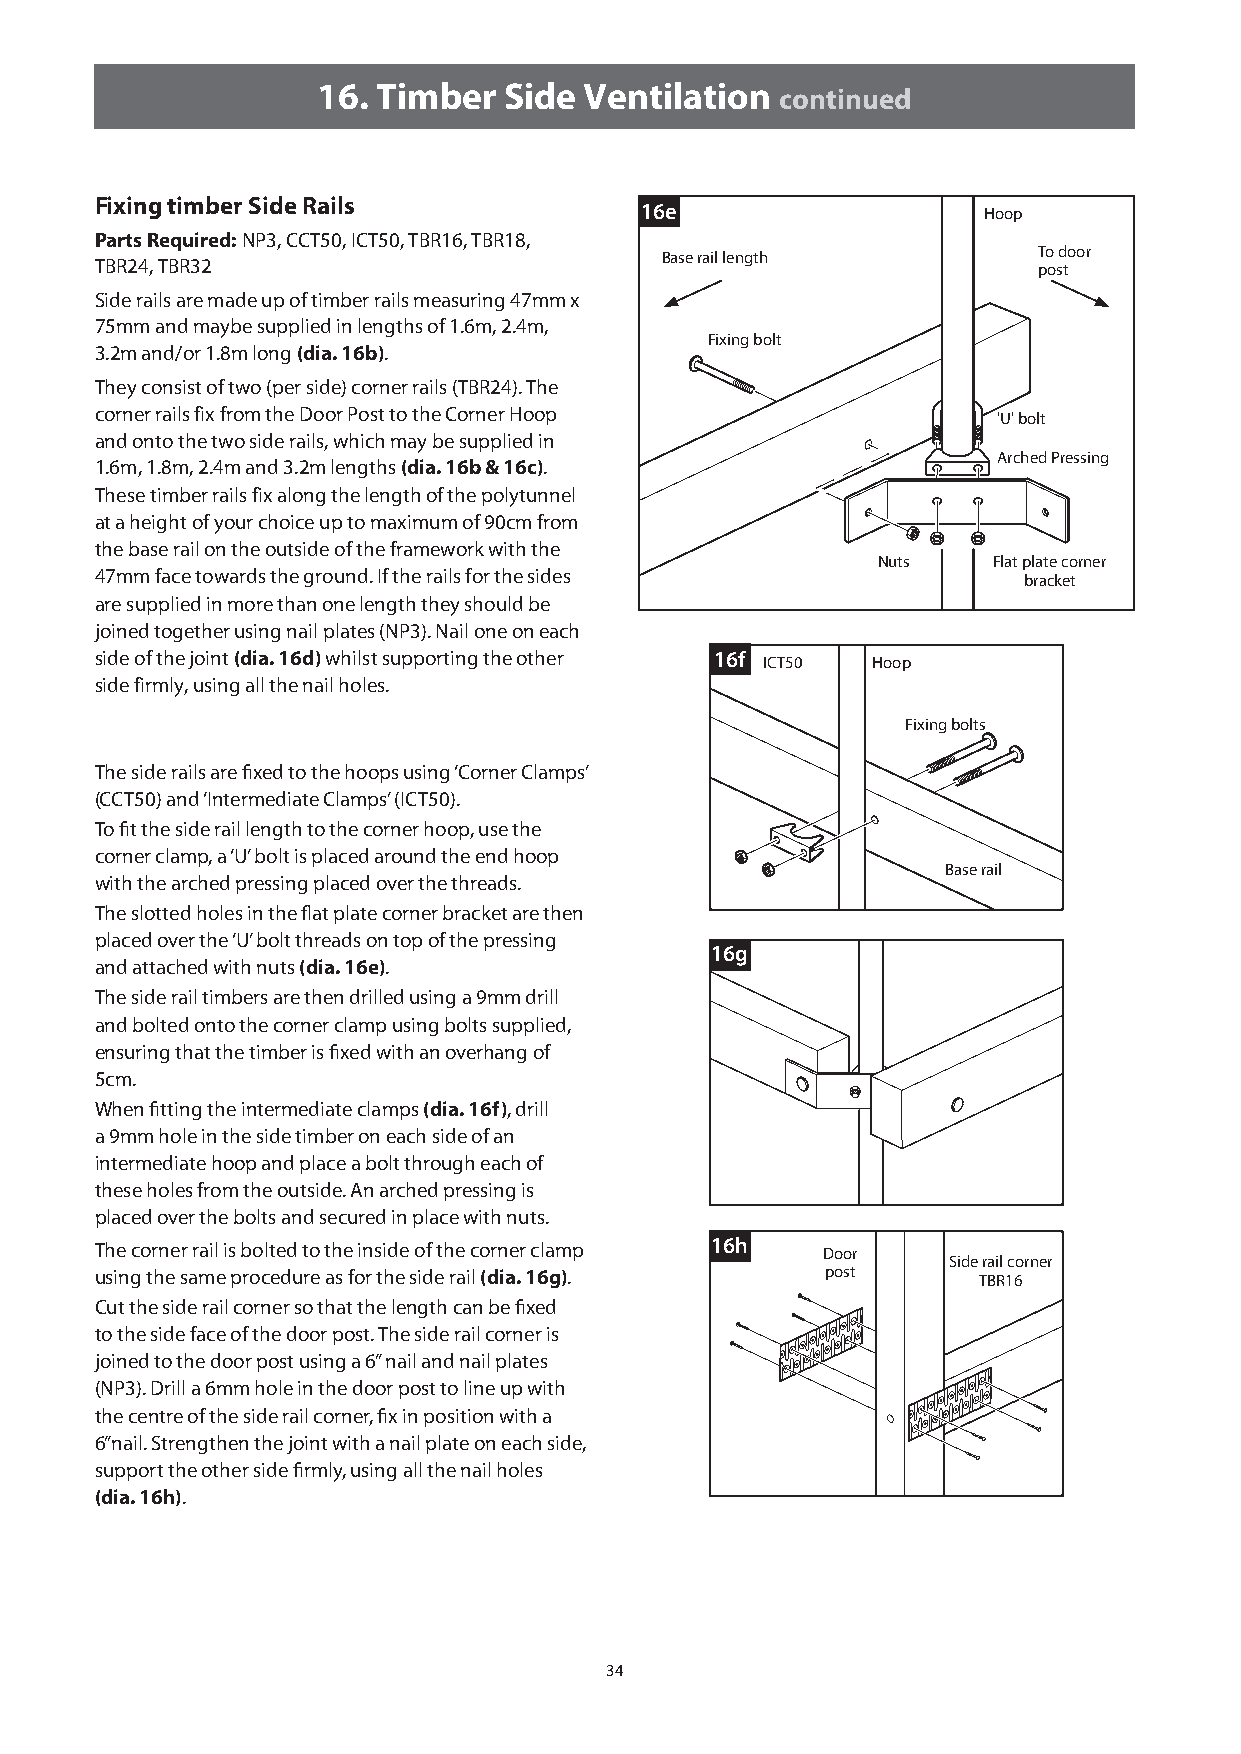
16. Timber  Side  Ventilation  continued
 Fixing timber Side Rails
 16e                    Hoop
 Parts Required: NP3, CCT50, ICT50, TBR16, TBR18,
 To door
 Base rail length
 TBR24, TBR32                                                   post
 Side rails are made up of timber rails measuring 47mm x
 75mm and maybe supplied in lengths of 1.6m, 2.4m,
 Fixing bolt
 3.2m and/or 1.8m long (dia. 16b).
 They consist of two (per side) corner rails (TBR24). The
 corner rails fix from the Door Post to the Corner Hoop
 'U' bolt
 and onto the two side rails, which may be supplied in
 Arched Pressing
 1.6m, 1.8m, 2.4m and 3.2m lengths (dia. 16b & 16c).
 These timber rails fix along the length of the polytunnel
 at a height of your choice up to maximum of 90cm from
 the base rail on the outside of the framework with the
 Nuts    Flat plate corner
 47mm face towards the ground. If the rails for the sides      bracket
 are supplied in more than one length they should be
 joined together using nail plates (NP3). Nail one on each
 side of the joint (dia. 16d) whilst supporting the other 16f ICT50 Hoop
 side firmly, using all the nail holes.
 Fixing bolts
 The side rails are fixed to the hoops using ‘Corner Clamps’
 (CCT50) and ‘Intermediate Clamps’ (ICT50).
 To fit the side rail length to the corner hoop, use the
 corner clamp, a ‘U’ bolt is placed around the end hoop
 Base rail
 with the arched pressing placed over the threads.
 The slotted holes in the flat plate corner bracket are then
 placed over the ‘U’ bolt threads on top of the pressing
 16g
 and attached with nuts (dia. 16e).
 The side rail timbers are then drilled using a 9mm drill
 and bolted onto the corner clamp using bolts supplied,
 ensuring that the timber is fixed with an overhang of
 5cm.
 When fitting the intermediate clamps (dia. 16f), drill
 a 9mm hole in the side timber on each side of an
 intermediate hoop and place a bolt through each of
 these holes from the outside. An arched pressing is
 placed over the bolts and secured in place with nuts.
 The corner rail is bolted to the inside of the corner clamp 16h Door
 Side rail corner
 using the same procedure as for the side rail (dia. 16g). post TBR16
 Cut the side rail corner so that the length can be fixed
 to the side face of the door post. The side rail corner is
 joined to the door post using a 6” nail and nail plates
 (NP3). Drill a 6mm hole in the door post to line up with
 the centre of the side rail corner, fix in position with a
 6”nail. Strengthen the joint with a nail plate on each side,
 support the other side firmly, using all the nail holes
 (dia. 16h).
 34